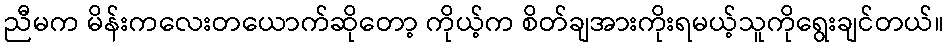
ညီမက မိန်းကလေးတယောက်ဆိုတော့ ကိုယ့်က စိတ်ချအားကိုးရမယ့်သူကိုရွေးချင်တယ်။